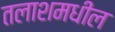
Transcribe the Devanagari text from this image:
तलाशमधील